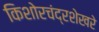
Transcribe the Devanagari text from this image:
किशोरचंद्रशेखरे